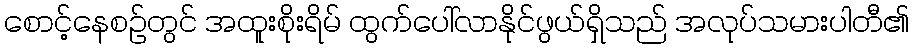
စောင့်နေစဉ်တွင် အထူးစိုးရိမ် ထွက်ပေါ်လာနိုင်ဖွယ်ရှိသည် အလုပ်သမားပါတီ၏